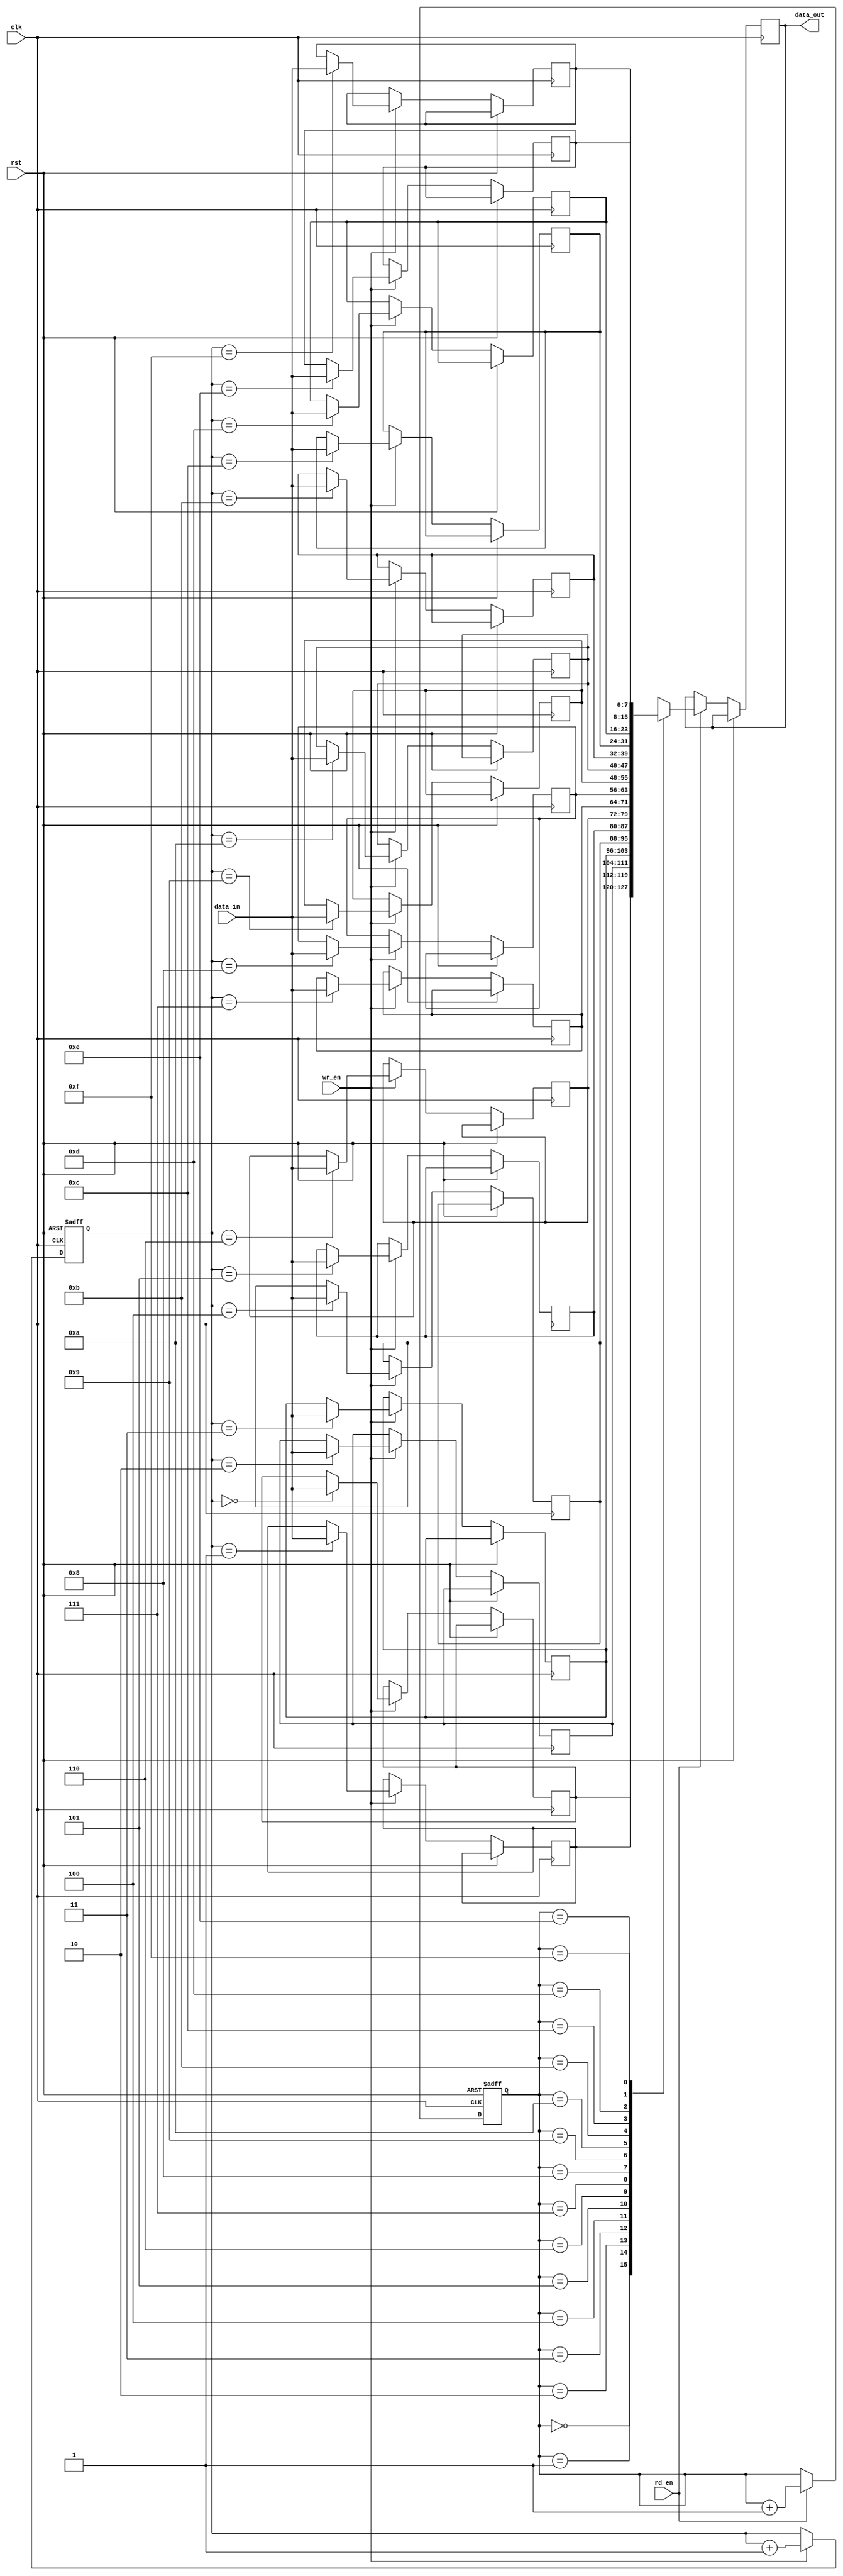
module async_fifo (
    input wire clk,
    input wire rst,
    input wire wr_en,
    input wire rd_en,
    input wire [7:0] data_in,
    output reg [7:0] data_out
);

reg [7:0] fifo [0:15];
reg [3:0] wr_ptr;
reg [3:0] rd_ptr;

always @(posedge clk or posedge rst) begin
    if (rst) begin
        wr_ptr <= 4'b0000;
        rd_ptr <= 4'b0000;
    end else begin
        if (wr_en) begin
            fifo[wr_ptr] <= data_in;
            wr_ptr <= wr_ptr + 1;
        end
        
        if (rd_en) begin
            data_out <= fifo[rd_ptr];
            rd_ptr <= rd_ptr + 1;
        end
    end
end

endmodule